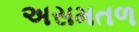
અસમતળ